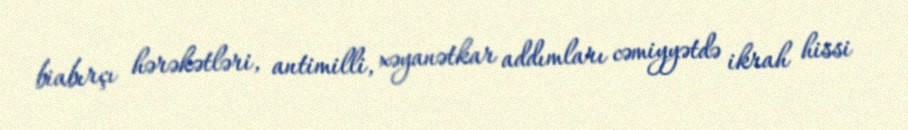
biabırçı hərəkətləri, antimilli, xəyanətkar addımları cəmiyyətdə ikrah hissi